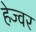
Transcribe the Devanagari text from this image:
हेज्वर